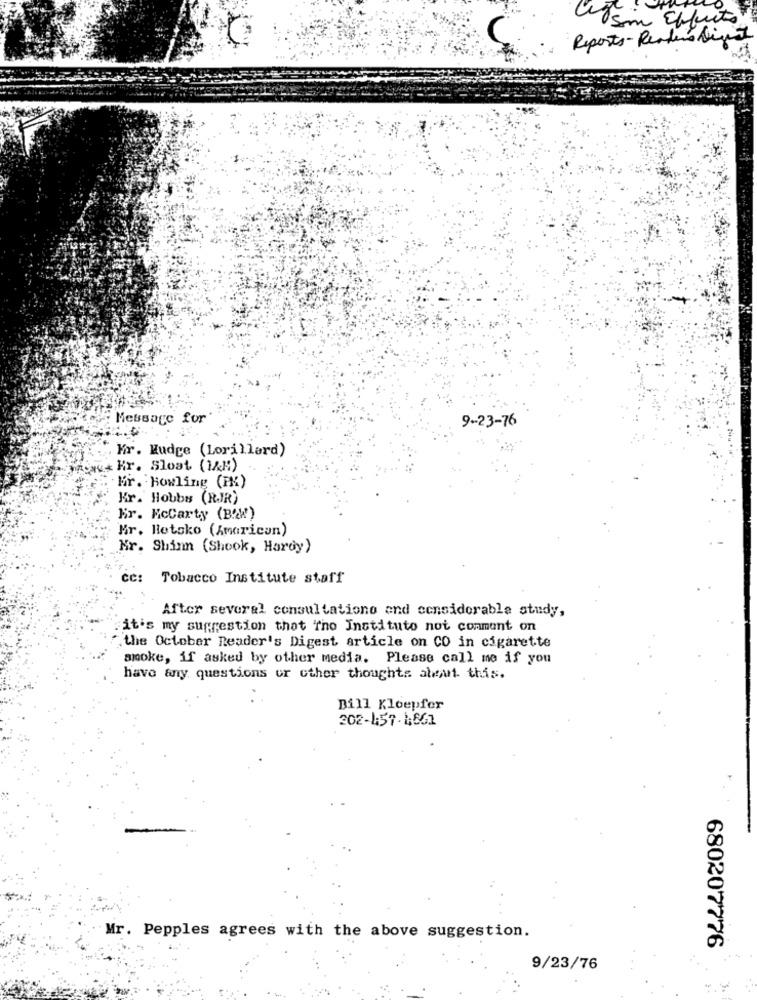
Usam Effects
Reports - Readers Digest
Message for
9-23-76
Mr. Hudge (Lorillard)
Bas Hr. Sloat (1/H:)
Mr. Bowling (PM)
Kr. Hobbs (RJR)
Er. Mccarty (B?W)
Mr. Betsko (American)
Mr. Shinn (Shook, Hardy)
cc: Tobacco Institute staff
After several consultationo and considerable study,
it's my suggestion that Tho Instituto not comment on
the October Reader's Digest article on CO in cigarette
smoke, if asked by other media. Please call me if you
have any questions or other thoughts about this.
Bill Kloepfer
202-1:57-1661
Mr. Pepples agrees with the above suggestion.
680207776
9/23/76